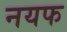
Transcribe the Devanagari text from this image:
नयफ